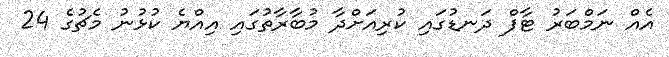
އެއް ނަމްބަރު ޓާފް ދަނޑުގައި ކުރިއަށްދާ މުބާރާތުގައި އިއްޔެ ކުޅުނު މެޗުގެ 24